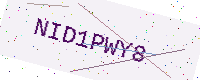
Text: NID1PWY8